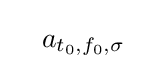
\quad a_{t_{0},f_{0},\sigma }\quad